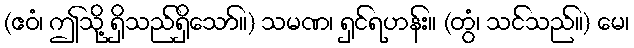
(ဧဝံ၊ ဤသို့ ရှိသည်ရှိသော်။) သမဏ၊ ရှင်ရဟန်း။ (တွံ၊ သင်သည်။) မေ၊